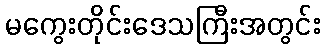
မကွေးတိုင်းဒေသကြီးအတွင်း